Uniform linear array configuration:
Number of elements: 16
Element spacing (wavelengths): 0.75
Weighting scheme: exponential
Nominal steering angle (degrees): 0
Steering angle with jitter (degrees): -0.802
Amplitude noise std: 0.05
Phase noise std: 0.05

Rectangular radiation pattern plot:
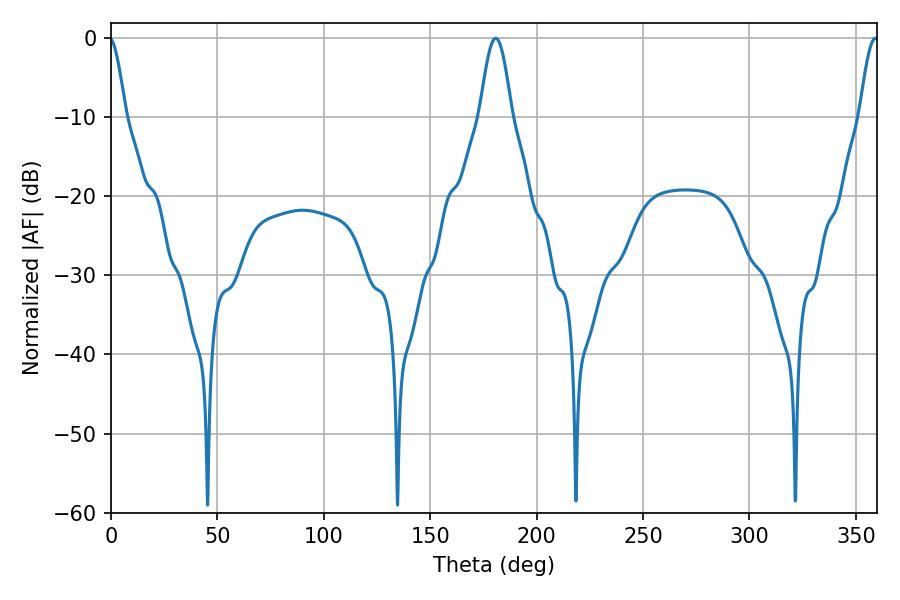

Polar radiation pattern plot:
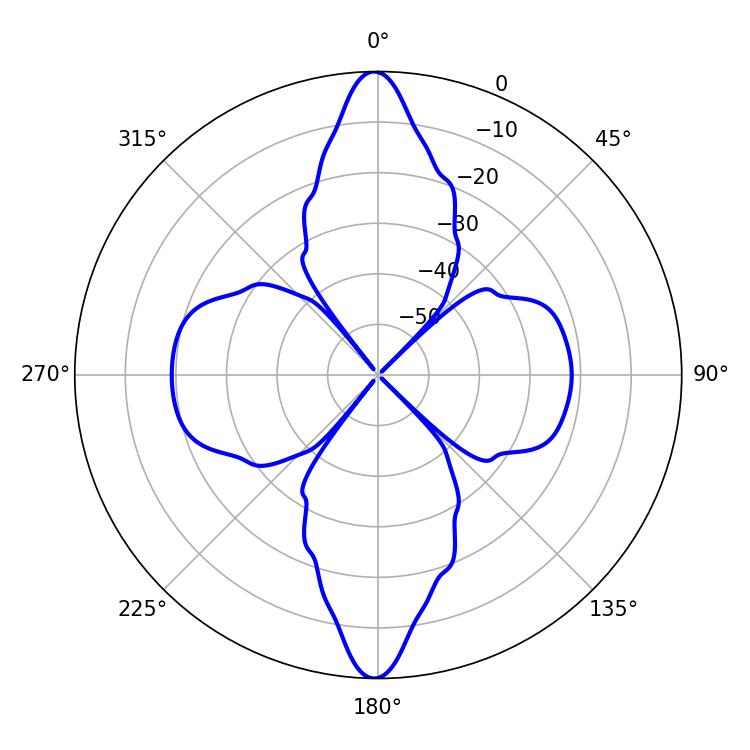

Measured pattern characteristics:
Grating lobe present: TRUE
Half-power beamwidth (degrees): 8.1
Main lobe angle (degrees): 180.72